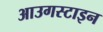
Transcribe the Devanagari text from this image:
आउगस्टाइन